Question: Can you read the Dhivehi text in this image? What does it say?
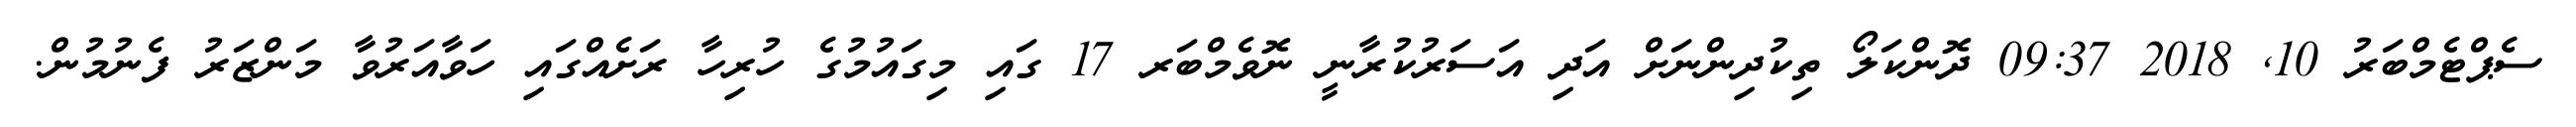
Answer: ސެޕްޓެމްބަރު 10, 2018 09:37 ދޮންކަލޯ ތިކުދިންނަށް އަދި އަސަރުކުރާނީ ނޮވެމްބަރ 17 ގައި މިގައުމުގެ ހުރިހާ ރަށެއްގައި ހަވާއަރުވާ މަންޒަރު ފެނުމުން.